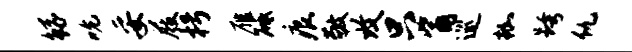
鲧吮妥屐枵雁砥痕敬致只觜巡枷跨仇